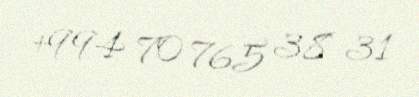
+994 70 765 38 31